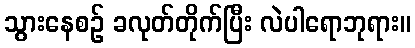
သွားနေစဉ် ခလုတ်တိုက်ပြီး လဲပါရောဘုရား။